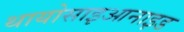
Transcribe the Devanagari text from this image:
थायोसाइआनाइड